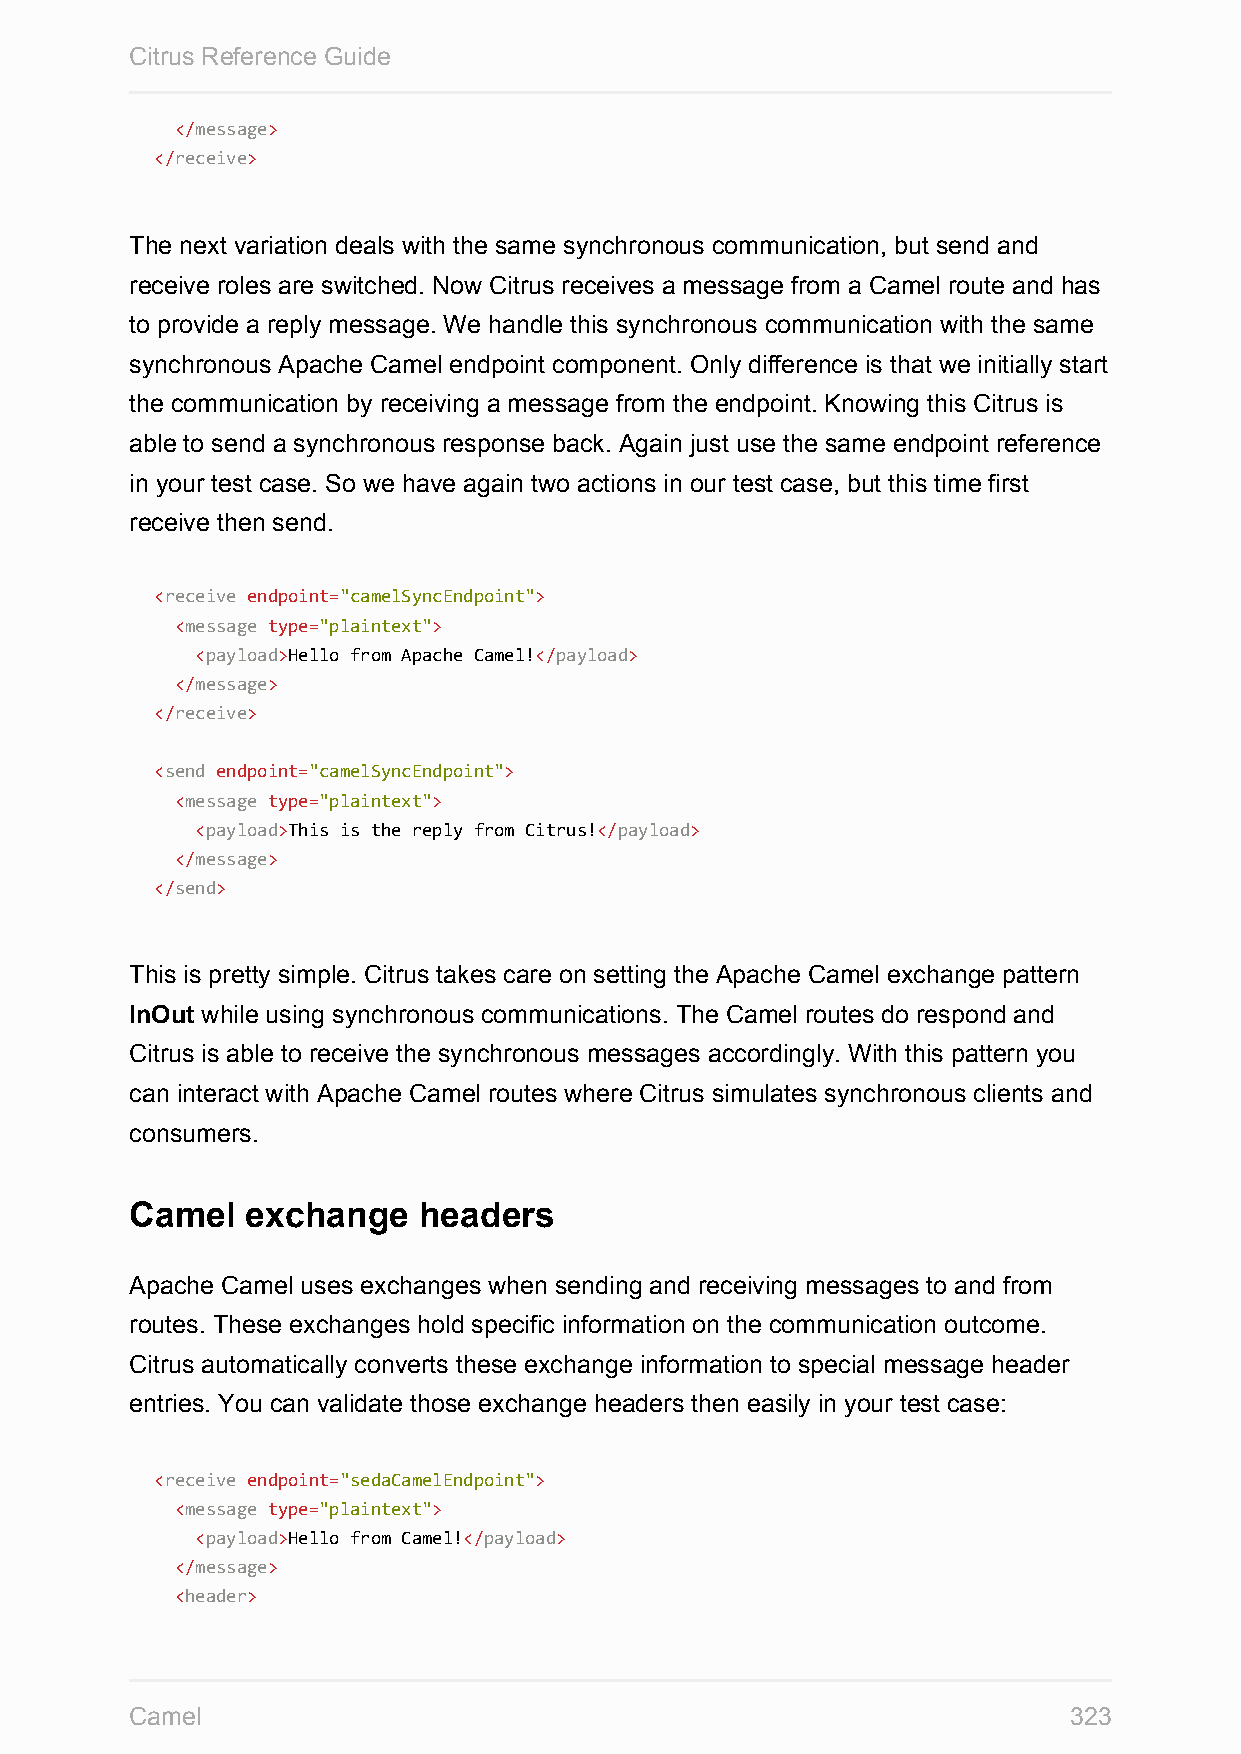
Citrus Reference Guide
 </message>
 </receive>
 The next variation deals with the same synchronous communication, but send and
 receive roles are switched. Now Citrus receives a message from a Camel route and has
 to provide a reply message. We handle this synchronous communication with the same
 synchronous Apache Camel endpoint component. Only difference is that we initially start
 the communication by receiving a message from the endpoint. Knowing this Citrus is
 able to send a synchronous response back. Again just use the same endpoint reference
 in your test case. So we have again two actions in our test case, but this time first
 receive then send.
 <receive endpoint="camelSyncEndpoint">
 <message type="plaintext">
 <payload>Hello from Apache Camel!</payload>
 </message>
 </receive>
 <send endpoint="camelSyncEndpoint">
 <message type="plaintext">
 <payload>This is the reply from Citrus!</payload>
 </message>
 </send>
 This is pretty simple. Citrus takes care on setting the Apache Camel exchange pattern
 InOut while using synchronous communications. The Camel routes do respond and
 Citrus is able to receive the synchronous messages accordingly. With this pattern you
 can interact with Apache Camel routes where Citrus simulates synchronous clients and
 consumers.
 Camel  exchange    headers
 Apache Camel uses exchanges when sending and receiving messages to and from
 routes. These exchanges hold specific information on the communication outcome.
 Citrus automatically converts these exchange information to special message header
 entries. You can validate those exchange headers then easily in your test case:
 <receive endpoint="sedaCamelEndpoint">
 <message type="plaintext">
 <payload>Hello from Camel!</payload>
 </message>
 <header>
 Camel                                                         323